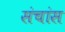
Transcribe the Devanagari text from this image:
संचांस